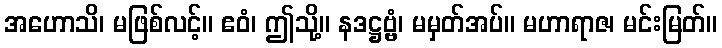
အဟောသိ၊ မဖြစ်လင့်။ ဧဝံ၊ ဤသို့။ နဒဋ္ဌဗ္ဗံ၊ မမှတ်အပ်။ မဟာရာဇ၊ မင်းမြတ်။